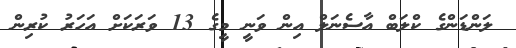
ލަންޑަންގެ ކްލަބް އާސެނަލް އިން ވަނީ މީގެ 13 ވަރަކަށް އަހަރު ކުރިން